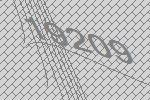
19209